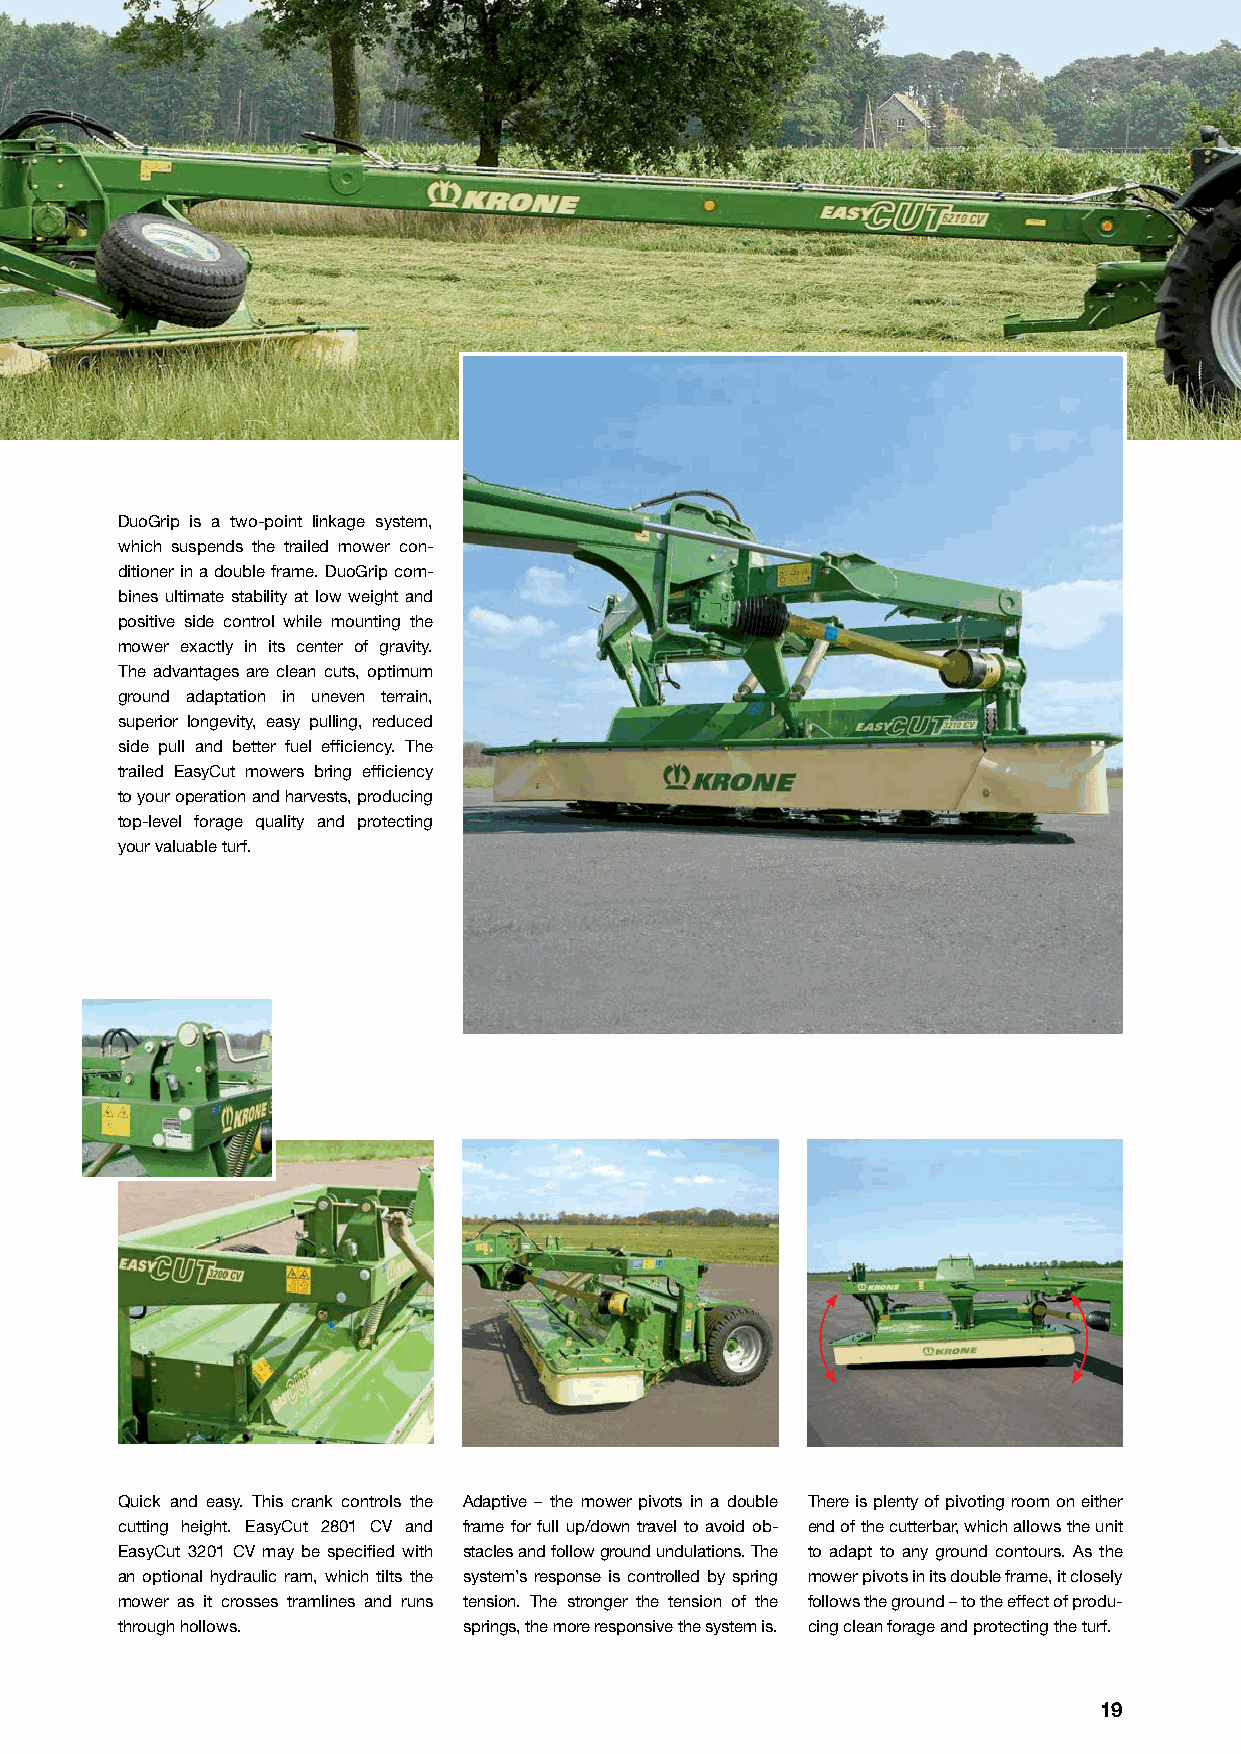
DuoGrip is a two-point linkage system,
 which suspends the trailed mower con-
 ditioner in a double frame. DuoGrip com-
 bines ultimate stability at low weight and
 positive side control while mounting the
 mower exactly in its center of gravity.
 The advantages are clean cuts, optimum
 ground adaptation in uneven terrain,
 superior longevity, easy pulling, reduced
 side pull and better fuel efficiency. The
 trailed EasyCut mowers bring efficiency
 to your operation and harvests, producing
 top-level forage quality and protecting
 your valuable turf.
 Quick and easy. This crank controls the Adaptive – the mower pivots in a double There is plenty of pivoting room on either
 cutting height. EasyCut 2801 CV and frame for full up/down travel to avoid ob- end of the cutterbar, which allows the unit
 EasyCut 3201 CV may be specified with stacles and follow ground undulations. The to adapt to any ground contours. As the
 an optional hydraulic ram, which tilts the system’s response is controlled by spring mower pivots in its double frame, it closely
 mower as it crosses tramlines and runs tension. The stronger the tension of the follows the ground – to the effect of produ-
 through hollows.       springs, the more responsive the system is. cing clean forage and protecting the turf.
 19